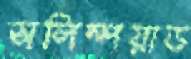
অলিম্পয়াড